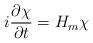
LaTeX: \begin{align*}i\frac{\partial\chi}{\partial t}=H_m \chi\end{align*}